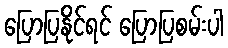
ပြောပြနိုင်ရင် ပြောပြစမ်းပါ